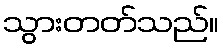
သွားတတ်သည်။